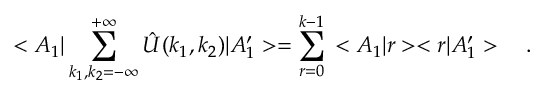
< A _ { 1 } | \sum _ { k _ { 1 } , k _ { 2 } = - \infty } ^ { + \infty } \hat { U } ( k _ { 1 } , k _ { 2 } ) | A _ { 1 } ^ { \prime } > = \sum _ { r = 0 } ^ { k - 1 } \, < A _ { 1 } | r > < r | A _ { 1 } ^ { \prime } > \ \ \ .